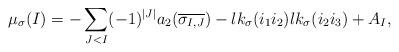
LaTeX: \begin{align*}{\mu}_{\sigma}(I) = - \sum_{J<I} (-1)^{|J|} a_{2}(\overline{\sigma_{I,J}}) -lk_\sigma(i_1i_2)lk_\sigma(i_2i_3) + A_{I}, \end{align*}